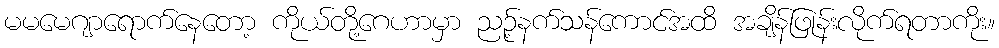
မမမေဂျာရောက်နေတော့ ကိုယ်တို့ဂေဟာမှာ ညဉ့်နက်သန်ကောင်အထိ အချိန်ဖြုန်းလိုက်ရတာကိုး။